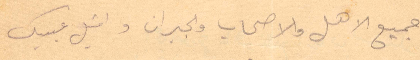
جميع الاهل والاصحاب والجيران واقبل عينيك